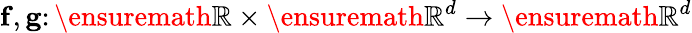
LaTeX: \mathbf{f},\mathbf{g}\colon\ensuremath{\mathbb{R}}\times\ensuremath{\mathbb{R}^{d}}\to\ensuremath{\mathbb{R}^{d}}